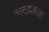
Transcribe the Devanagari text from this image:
स्चच्छकारक